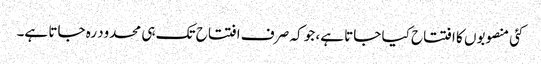
کئی منصوبوں کا افتتاح کیا جاتا ہے، جو کہ صر ف افتتاح تک ہی محدود رہ جاتا ہے۔